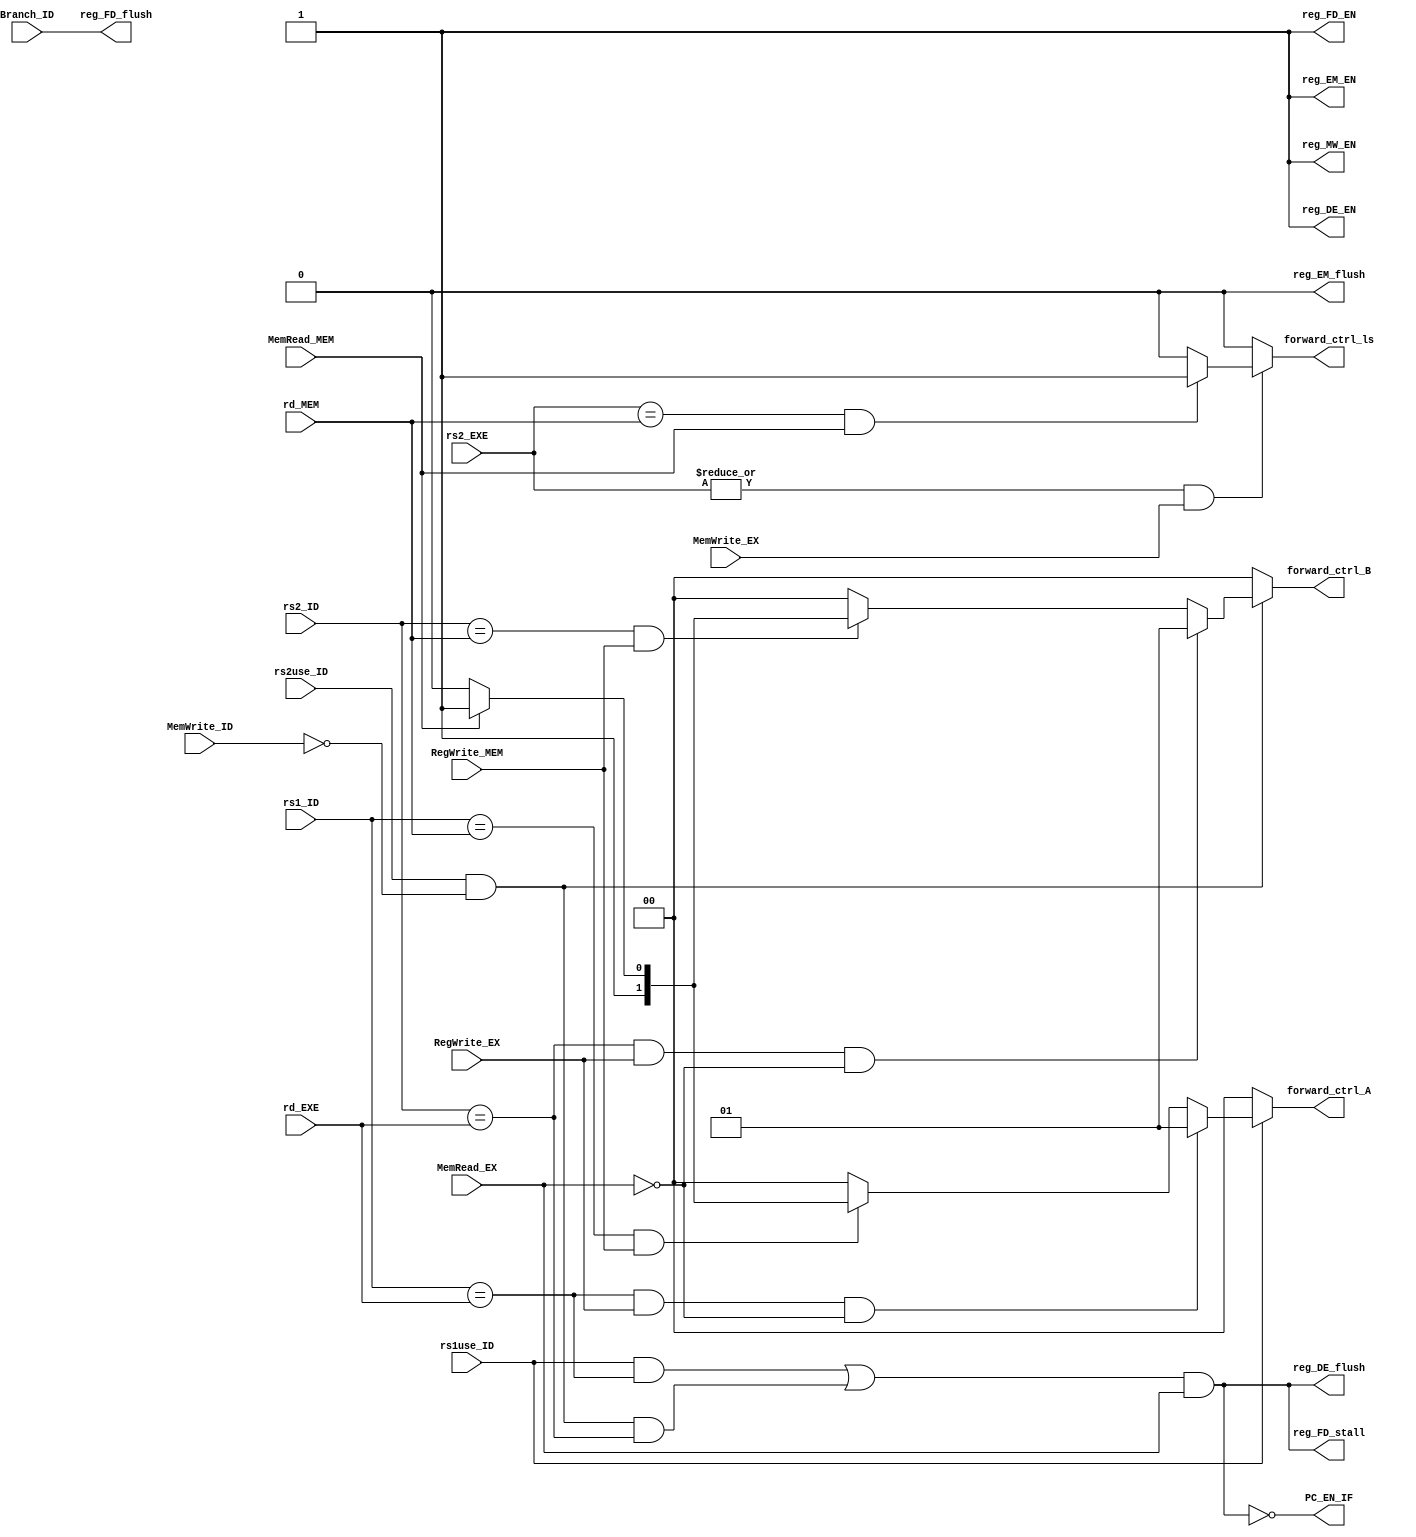
`timescale 1ps/1ps

module HazardDetectionUnit(
    input Branch_ID, rs1use_ID, rs2use_ID,
    input RegWrite_EX, RegWrite_MEM, MemRead_EX, MemRead_MEM, MemWrite_EX, MemWrite_ID,
    input[4:0] rd_EXE, rd_MEM, rs1_ID, rs2_ID, rs2_EXE,
    output PC_EN_IF, reg_FD_EN, reg_FD_stall, reg_FD_flush,
        reg_DE_EN, reg_DE_flush, reg_EM_EN, reg_EM_flush, reg_MW_EN,
    output reg forward_ctrl_ls,
    output reg [1:0] forward_ctrl_A,
    output reg [1:0] forward_ctrl_B
);

    wire stall = ((rs1use_ID && rs1_ID == rd_EXE) || (rs2use_ID && ~MemWrite_ID && rs2_ID == rd_EXE))
               && MemRead_EX;

    assign reg_EM_flush = 1'b0;

    assign reg_EM_EN = 1'b1;
    assign reg_DE_EN = 1'b1;
    assign reg_MW_EN = 1'b1;
    assign reg_FD_EN = 1'b1;

    assign reg_FD_flush = Branch_ID;
    assign reg_FD_stall = stall;
    assign reg_DE_flush = stall;
    assign PC_EN_IF = ~stall;

    // forward_ctrl_ls
    always @(*) begin
        // save after load  
        if ((|rs2_EXE) & MemWrite_EX) begin
            // MEM is load
            if (rs2_EXE == rd_MEM && MemRead_MEM)
                forward_ctrl_ls = 1'b1;
            else forward_ctrl_ls = 1'b0;
        end
        // EX is not save
        else forward_ctrl_ls = 1'b0;
    end

    // forward_ctrl_A
    always @(*) begin
        // need rs1
        if (rs1use_ID) begin
            // read after write (no load)
            if (rs1_ID == rd_EXE && RegWrite_EX && ~MemRead_EX) begin
                forward_ctrl_A = 2'b01;
            end else if (rs1_ID == rd_MEM && RegWrite_MEM) begin
                // MEM is load
                if (MemRead_MEM) begin
                    forward_ctrl_A = 2'b11;
                end else forward_ctrl_A = 2'b10; // MEM is write other than load
            end else forward_ctrl_A = 2'b00;
        end
        else forward_ctrl_A = 2'b00;
    end

    // forward_ctrl_B
    always @(*) begin
        // not save and need rs2
        if (rs2use_ID && ~MemWrite_ID) begin
            if (rs2_ID == rd_EXE && RegWrite_EX && ~MemRead_EX) begin
                // write and not load
                forward_ctrl_B = 2'b01;
            end else if (rs2_ID == rd_MEM && RegWrite_MEM) begin
                // MEM is load
                if (MemRead_MEM) begin
                    forward_ctrl_B = 2'b11;
                end else forward_ctrl_B = 2'b10; // MEM is write other than load
            end else forward_ctrl_B = 2'b00;
        end
        else forward_ctrl_B = 2'b00;
    end

endmodule